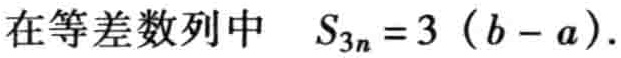
在等差数列中 \(S_{3n}=3 (b - a)\)